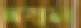
দম্বল